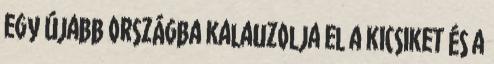
egy újabb országba kalauzolja el a kicsiket és a